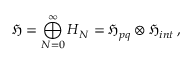
{ \mathfrak H } = \bigoplus _ { N = 0 } ^ { \infty } \boldsymbol { H } _ { N } = { \mathfrak H } _ { p q } \otimes { \mathfrak H } _ { i n t } \, ,